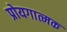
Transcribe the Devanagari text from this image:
प्रोयगात्मक